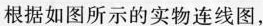
根据如图所示的实物连线图，